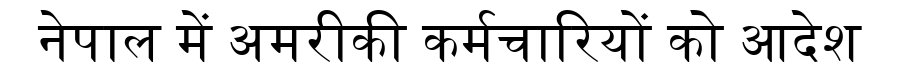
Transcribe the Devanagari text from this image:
नेपाल में अमरीकी कर्मचारियों को आदेश